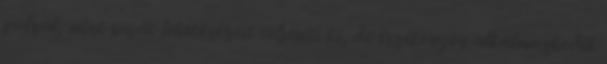
pulzál, mint saját lehetőségeit teljesíti ki, de érzékenyen alkalmazkodik